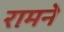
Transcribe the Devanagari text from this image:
रामने